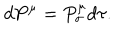
LaTeX: d P ^ { \mu } = P _ { \sigma } ^ { \mu } d \tau .